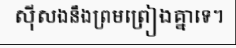
ស៊ីសងនឹងព្រមព្រៀងគ្នាទេ។